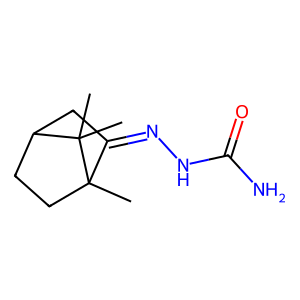
SMILES: CC12CCC(CC1=NNC(N)=O)C2(C)C
Inhibits HIV replication: No